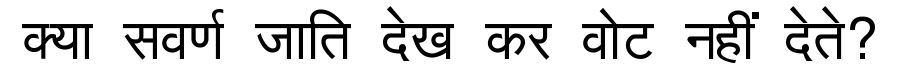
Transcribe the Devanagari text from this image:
क्या सवर्ण जाति देख कर वोट नहीं देते?